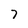
Character: 7